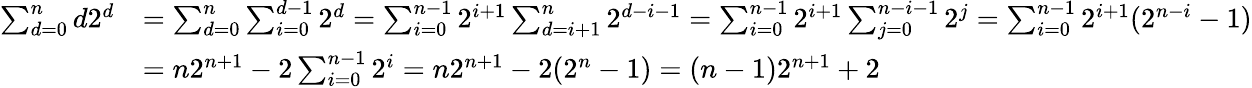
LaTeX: \begin{array}{rl}{\sum_{d=0}^{n}d2^{d}}&{=\sum_{d=0}^{n}\sum_{i=0}^{d-1}2^{d}=\sum_{i=0}^{n-1}2^{i+1}\sum_{d=i+1}^{n}2^{d-i-1}=\sum_{i=0}^{n-1}2^{i+1}\sum_{j=0}^{n-i-1}2^{j}=\sum_{i=0}^{n-1}2^{i+1}(2^{n-i}-1)}\\ &{=n2^{n+1}-2\sum_{i=0}^{n-1}2^{i}=n2^{n+1}-2(2^{n}-1)=(n-1)2^{n+1}+2}\end{array}